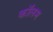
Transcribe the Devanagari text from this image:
काॅलम